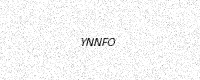
Text: YNNFO